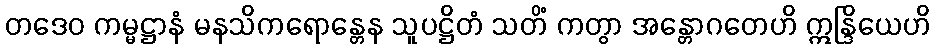
တဒေဝ ကမ္မဋ္ဌာနံ မနသိကရောန္တေန သူပဋ္ဌိတံ သတိံ ကတွာ အန္တောဂတေဟိ ဣန္ဒြိယေဟိ